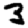
Digit: 3